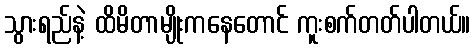
သွားရည်နဲ့ ထိမိတာမျိုးကနေတောင် ကူးစက်တတ်ပါတယ်။